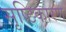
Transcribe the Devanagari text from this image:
सृष्टिकारण